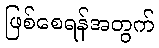
ဖြစ်စေရန်အတွက်